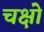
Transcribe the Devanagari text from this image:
चक्षो